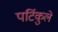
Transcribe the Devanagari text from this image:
पर्टिकुले